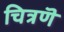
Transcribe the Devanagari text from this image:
चित्रणॆ